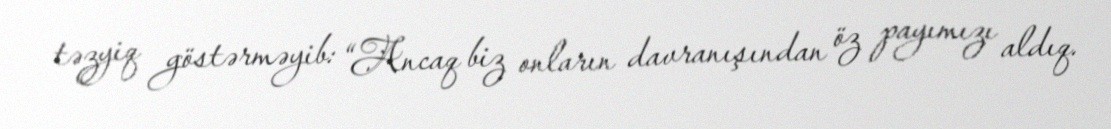
təzyiq göstərməyib: “Ancaq biz onların davranışından öz payımızı aldıq.